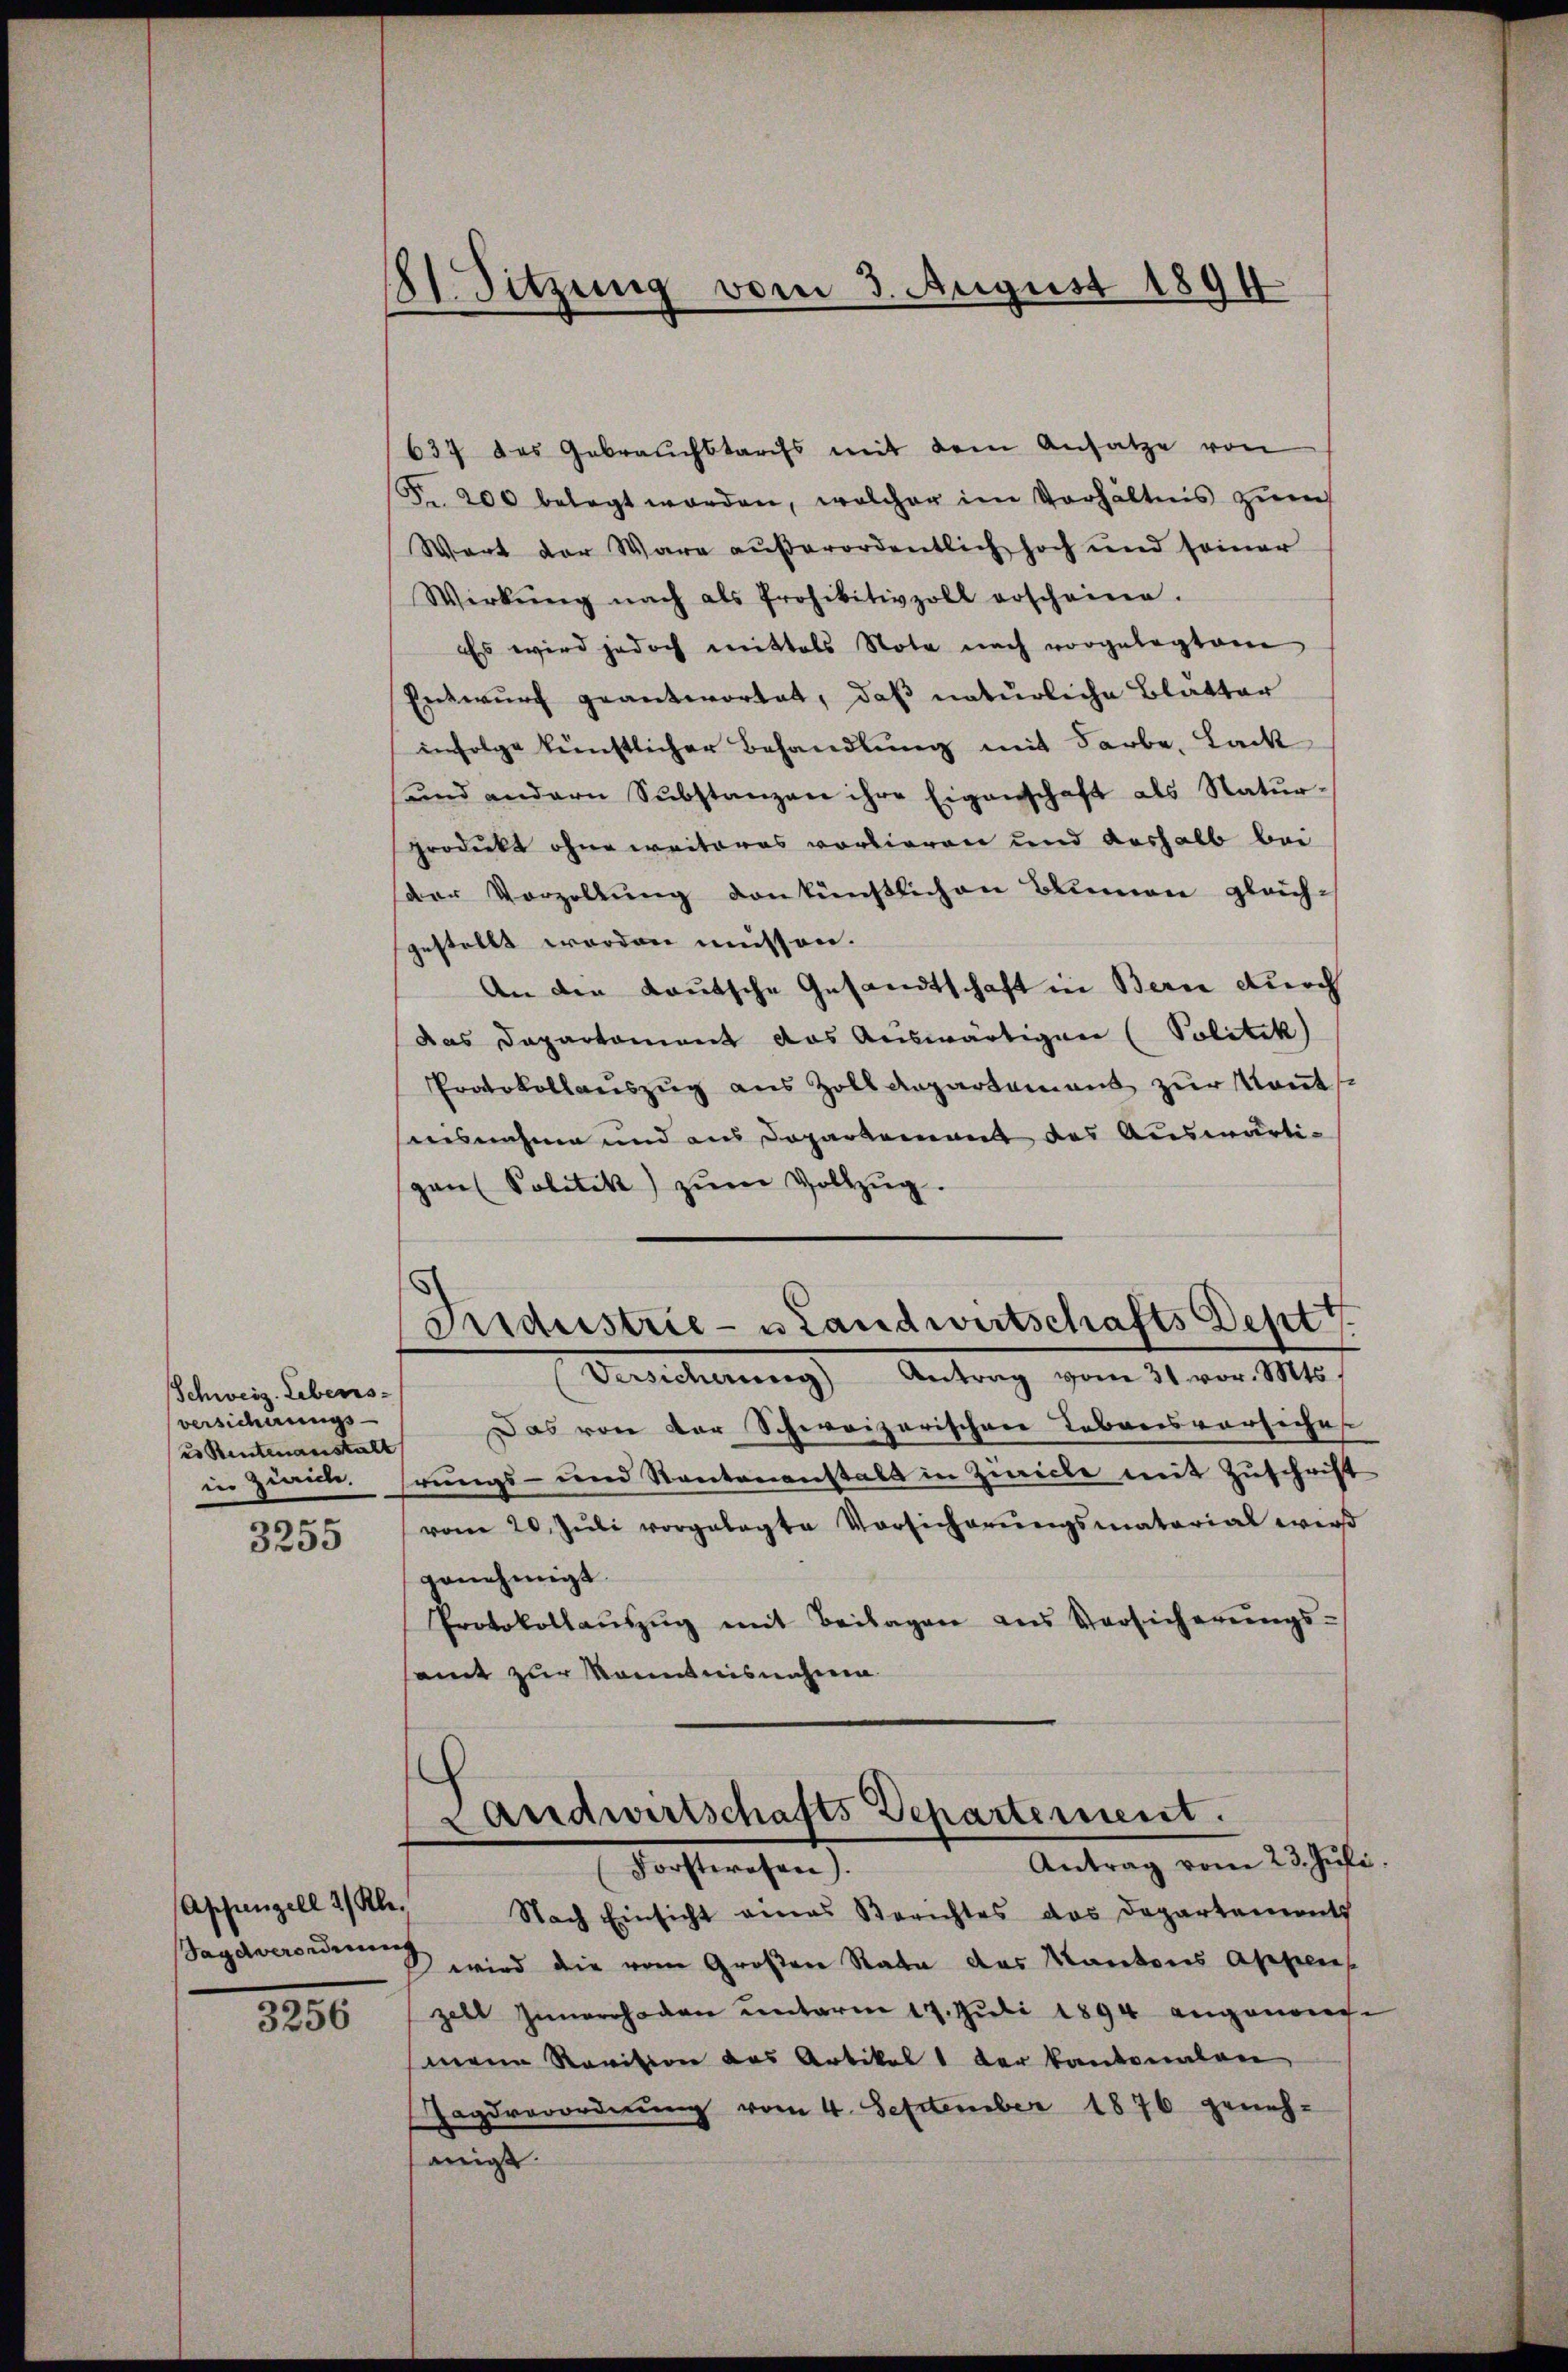
Schweiz. Lebens-
versicherungs-
es Rentenanstalt
in Zürich.

3255

Appenzell 2/ Kl.
3256

21. Sitzung vom 3. August 1894

637 des Gebrauchstarifs mit dem Ansatze von
Fr. 200 belegt worden, welcher im Verhältnis zŭm
Wort der Ware außerordentlich hoch und seiner
Wirkŭng nach als Prohibitivzoll erscheine.
Es wird jedoch mittels Nota nach vorgelegten
Entwurf geantwortet, daß natürliche Blutter
infolge künstlicher Behandlung mit Farbe, Lack
und andern Substanzen ihre Eigenschaft als Natur-
grodeckt ohne weiteres vorlieren und aushalb bei
der Vorzellung denkünstlichen Blumen gleich-
gestellt werden müssen.
An die Kautsche Gesandtschaft in Bern durch
das Dapartament das Auswärtigen (Politik)
Protokollauszug aus Zolldepartement zur Kant
aisnahme und aus Dopartement des Auswärtigans Politik zŭm Vollzŭg.
Fridustrie- u Landwirtschafts Deptt
Versicherung Antrag vom 31. vor. Mts.
Das von der Schweizerischen Lebensvorsiches
rungs- und Kantonanstalt in Zürich mit Zuschrift
vom 20. Juli vorgelegte Vorsicherungsmaterial wird
genehmigt
Protokollaŭszŭg mit Beilagen aus Versicherŭngs-
amt zur kanntnisnahme
Landwirtschafts-Departement.
Antrag vom 23. Juli
Forsteresen).
Nach Einsicht eines Berichtes das Departemonts
Bagaverorderung wird die vom Großen Rata das Kantons Appen
zell Innerrhoden unterm 17. Juli 1894 angenom
mene Revision des Artikel 1 der Kantonalen
Hagsverordnŭng vom 4. September 1876 geneh-
anigt.